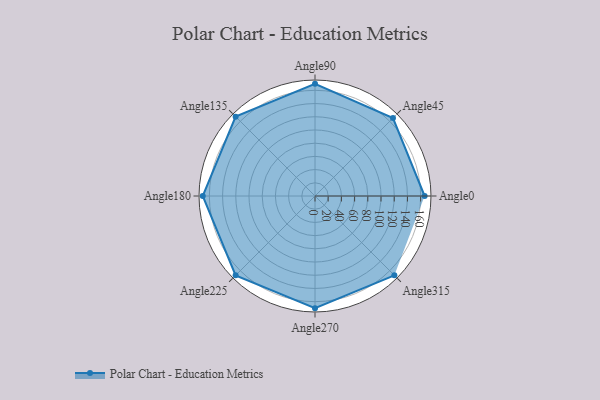
{"axis": {"x": "Angle", "y": "Radius"}, "legend": [""], "data": [{"x": "Angle0", "y": 166.0, "type": ""}, {"x": "Angle45", "y": 167.0, "type": ""}, {"x": "Angle90", "y": 170, "type": ""}, {"x": "Angle135", "y": 170, "type": ""}, {"x": "Angle180", "y": 170, "type": ""}, {"x": "Angle225", "y": 170, "type": ""}, {"x": "Angle270", "y": 170, "type": ""}, {"x": "Angle315", "y": 170, "type": ""}]}